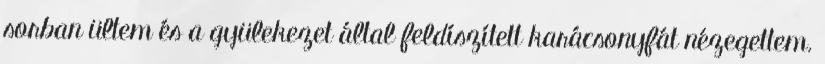
sorban ültem és a gyülekezet által feldíszített karácsonyfát nézegettem.